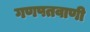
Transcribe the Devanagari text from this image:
गणपतवाणी